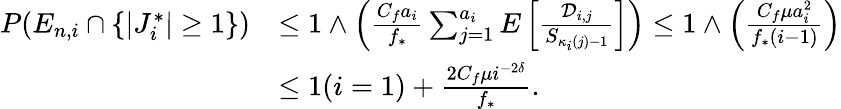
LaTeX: \begin{array}{rl}{P(E_{n,i}\cap\{ |J_{i}^{*}|\geq 1\} )}&{\leq 1\wedge\left(\frac{C_{f}a_{i}}{f_{*}}\sum_{j=1}^{a_{i}}E\left[\frac{\mathcal{D}_{i,j}}{S_{\kappa_{i}(j)-1}}\right]\right)\leq 1\wedge\left(\frac{C_{f}\mu a_{i}^{2}}{f_{*}(i-1)}\right)}\\ &{\leq 1(i=1)+\frac{2C_{f}\mu i^{-2\delta}}{f_{*}}.}\end{array}